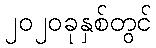
၂၀၂၀ခုနှစ်တွင်